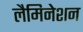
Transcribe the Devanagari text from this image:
लैमिनेशन